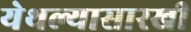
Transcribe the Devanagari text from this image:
येथल्यासारखी